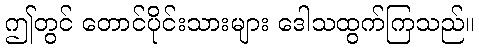
ဤတွင် တောင်ပိုင်းသားများ ဒေါသထွက်ကြသည်။